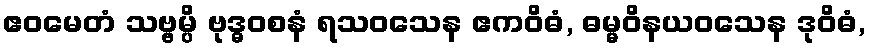
ဧဝမေတံ သဗ္ဗမ္ပိ ဗုဒ္ဓဝစနံ ရသဝသေန ဧကဝိဓံ, ဓမ္မဝိနယဝသေန ဒုဝိဓံ,